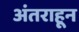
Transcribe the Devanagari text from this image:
अंतराहून